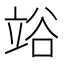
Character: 𥪉